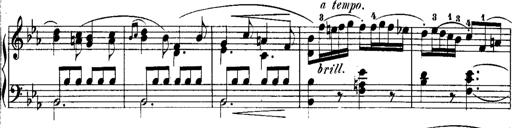
Title: Rondos and Sonatinas for Pianoforte
Composer: Daniel Steibelt